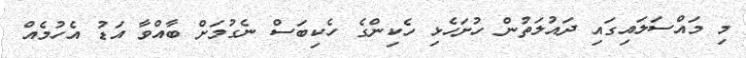
މި މައްސަލައިގައި ދައުލަތުން ހުށަހެޅި ހެކިންގެ ހެކިބަސް ނެގުމަށް ބާއްވާ އަޑު އެހުމެއް